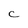
Character: C